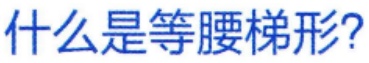
什么是等腰梯形?